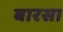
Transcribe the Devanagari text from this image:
बारसा